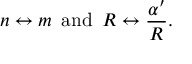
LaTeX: n \leftrightarrow m \, \, \, \mathrm { a n d } \, \, \, R \leftrightarrow \frac { \alpha ^ { \prime } } { R } .